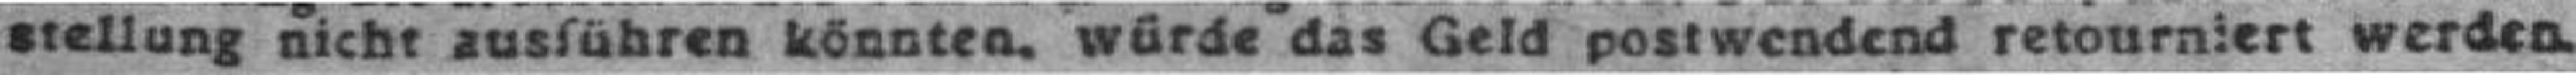
stellung nicht ausführen könnten, würde das Geld postwendend retourniert werden.